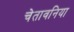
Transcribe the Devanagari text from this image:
चेतावनिया